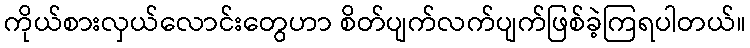
ကိုယ်စားလှယ်လောင်းတွေဟာ စိတ်ပျက်လက်ပျက်ဖြစ်ခဲ့ကြရပါတယ်။